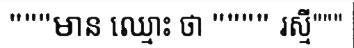
"""មាន ឈ្មោះ ថា """" រស្មី"""